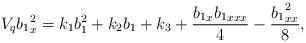
LaTeX: \begin{align*}V_q {b_1}_x^2 = k_1 b_1^2 + k_2 b_1 + k_3 + \frac{{b_1}_x {b_1}_{xxx}}{4} - \frac{{b_1}_{xx}^2}{8},\end{align*}